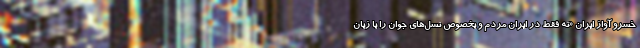
خسرو آواز ایران «نه فقط در ایران مردم و بخصوص نسل‌های جوان را با زبان